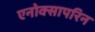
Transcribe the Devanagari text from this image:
एनोक्सापरिन